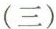
(三)